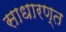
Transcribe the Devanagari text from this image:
साधारण्त